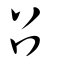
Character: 𠮥